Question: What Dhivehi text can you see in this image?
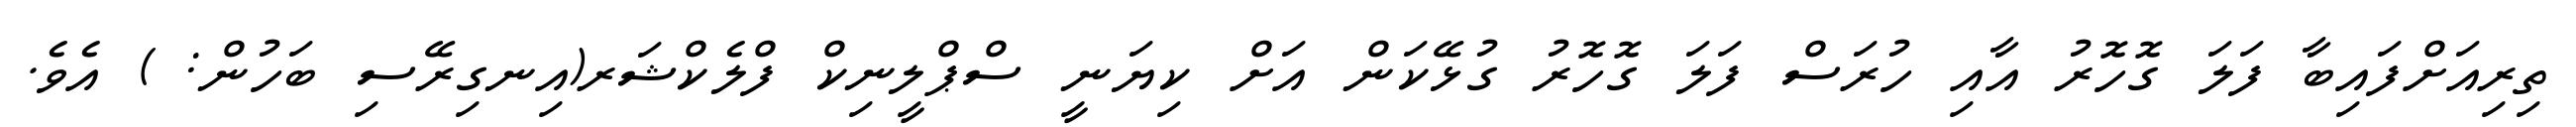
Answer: ތިރިއަށްފައިބާ ފަލަ ގޮހޮރު އާއި ހުރަސް ފަލަ ގޮހޮރު ގުޅޭކަން އަށް ކިޔަނީ ސްޕްލީނިކް ފްލެކްޝަރ(އިނގިރޭސި ބަހުން: ) އެވެ.